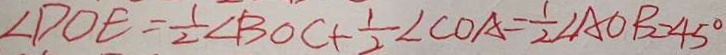
\angle D O E = \frac { 1 } { 2 } \angle B O C + \frac { 1 } { 2 } \angle C O A = \frac { 1 } { 2 } \angle A O B = 4 5 ^ { \circ }